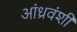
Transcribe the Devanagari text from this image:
आंध्रवंशी